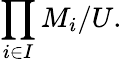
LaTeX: \prod_{i\in I}M_{i}/U.